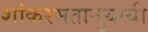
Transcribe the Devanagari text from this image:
शांकरमतानुयायी